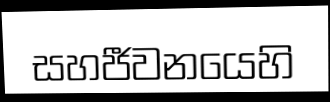
සහජීවනයෙහි